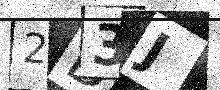
Text: 2D3J